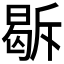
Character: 𭦹